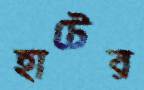
হাটের